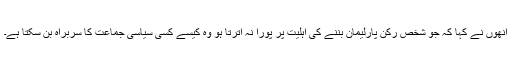
اُنھوں نے کہا کہ جو شخص رکن پارلیمان بننے کی اہلیت پر پورا نہ اترتا ہو وہ کیسے کسی سیاسی جماعت کا سربراہ بن سکتا ہے۔